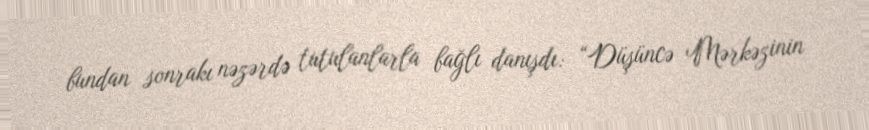
bundan sonrakı nəzərdə tutulanlarla bağlı danışdı: “Düşüncə Mərkəzinin